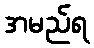
အမည်ရ